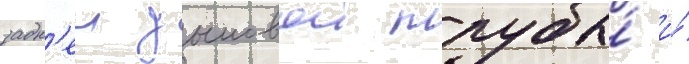
задн'еи дымовои трубы́ и́